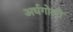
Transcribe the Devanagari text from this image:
अर्धगोलों